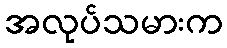
အလုပ်သမားက